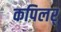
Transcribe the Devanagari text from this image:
कपिलर्